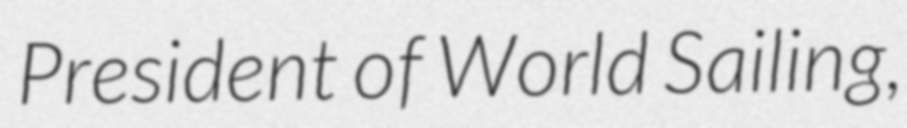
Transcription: President of World Sailing,